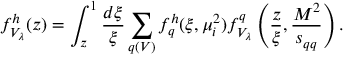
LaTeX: f _ { V _ { \lambda } } ^ { h } ( z ) = \int _ { z } ^ { 1 } \frac { d \xi } { \xi } \sum _ { q ( V ) } f _ { q } ^ { h } ( \xi , \mu _ { i } ^ { 2 } ) f _ { V _ { \lambda } } ^ { q } \left( \frac { z } { \xi } , \frac { M ^ { 2 } } { s _ { q q } } \right) .